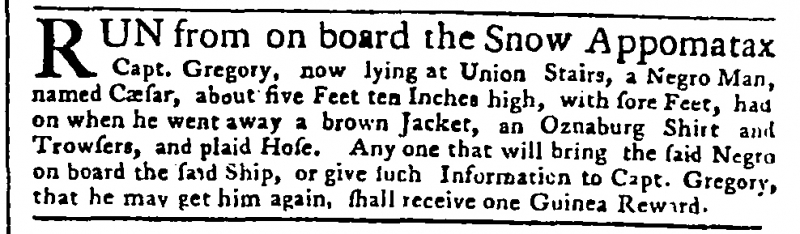
Public Advertiser, 9 February 1757 (England)
RUN from on board the Snow Appomatax Capt. Gregory, now lying at Union Stairs, a Negro Man, named Cæsar, about five Feet ten Inches high, with sore Feet, had on when he went away a brown Jacket, an Oznaburg Shirt and Trowsers, and plaid Hose. Any one that will bring said Negro on board the said Ship, or give Information to Capt. Gregory, that he may get him again, shall receive one Guinea Reward.